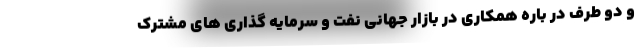
و دو طرف در باره همکاری در بازار جهانی نفت و سرمایه گذاری های مشترک